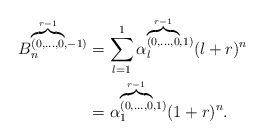
\begin{align*}B_n^{\overbrace {\scriptstyle{(0,\ldots,0}}^{r-1},-1)}&=\displaystyle \sum_{l=1}^{1} {\alpha}_l^{\overbrace {\scriptstyle{(0,\ldots,0}}^{r-1},1)} (l+r)^n\\&={\alpha}_1^{\overbrace {\scriptstyle{(0,\ldots,0}}^{r-1},1)} (1+r)^n.\end{align*}